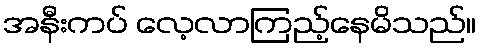
အနီးကပ် လေ့လာကြည့်နေမိသည်။